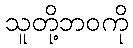
သူတို့ဘဝကို